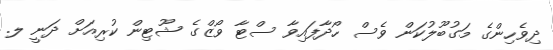
ދިވެހިންގެ މަގުބޫލުކަން ވެސް ހޯދާފައިވާ ސްޓާ ވޯޒްގެ ޝޫޓިން ކުރިއަށް ދަނީ ލ.